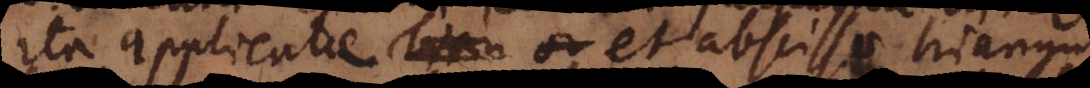
Ita applicatae et abscissae trianguli